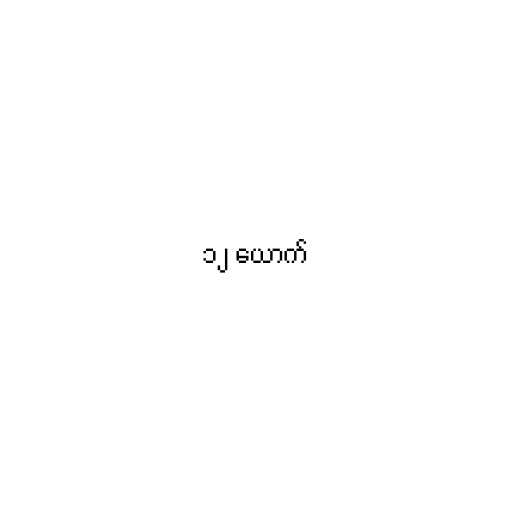
၁၂ ယောက်